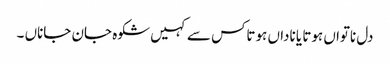
دل ناتواں ہوتا یا ناداں ہوتاکس سے کہیں شکوہ جان جاناں ۔